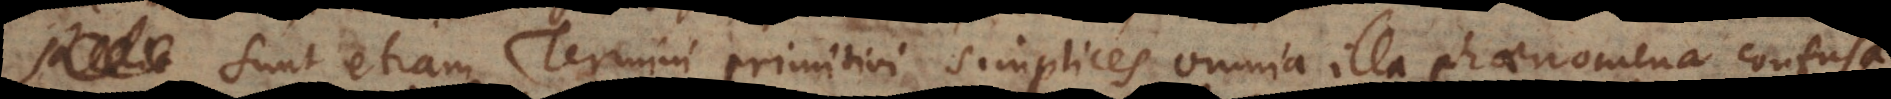
Sunt etiam Termini primitivi simplices omnia illa phaenomena